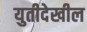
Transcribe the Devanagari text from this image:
युतीदेखील